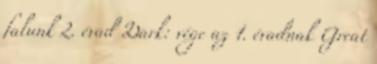
falunk 2. évad Dark: vége az 1. évadnak Great